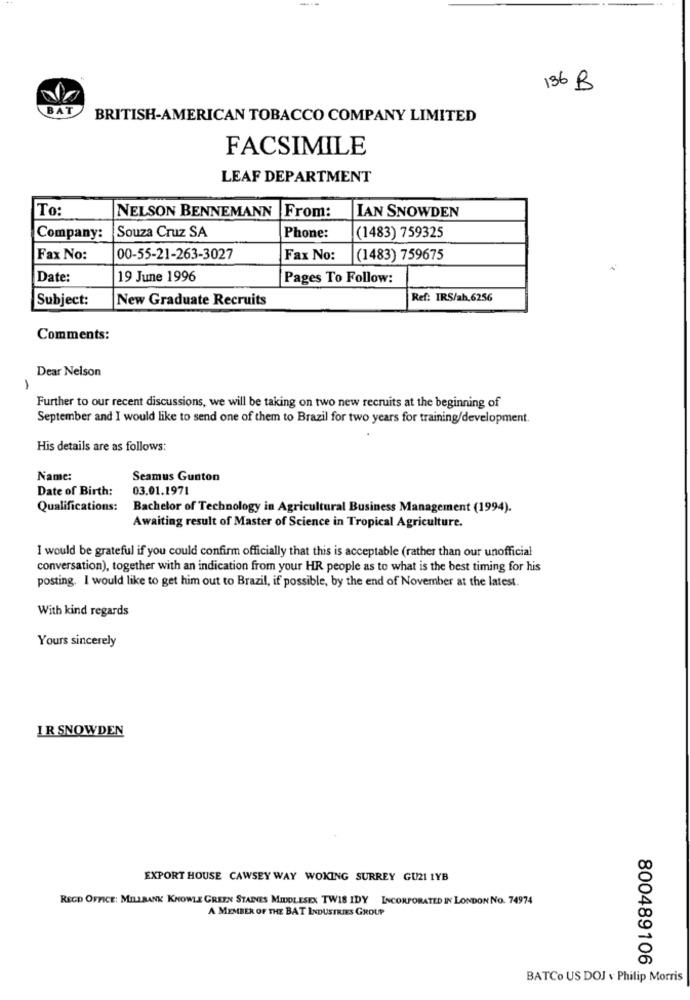
--
196 B
BAT
BRITISH-AMERICAN TOBACCO COMPANY LIMITED
FACSIMILE
LEAF DEPARTMENT
To:
NELSON BENNEMANN
From:
IAN SNOWDEN
Company:
Souza Cruz SA
Phone:
(1483) 759325
Fax No:
00-55-21-263-3027
Fax No:
(1483) 759675
Date:
19 June 1996
Pages To Follow:
Subject:
New Graduate Recruits
Ref: IRS/ah.6256
Comments:
Dear Nelson
-
Further to our recent discussions, we will be taking on two new recruits at the beginning of
September and I would like to send one of them to Brazil for two years for training/development.
His details are as follows:
Name:
Seamus Gunton
Date of Birth:
03.01.1971
Qualifications:
Bachelor of Technology in Agricultural Business Management (1994).
Awaiting result of Master of Science in Tropical Agriculture.
I would be grateful if you could confirm officially that this is acceptable (rather than our unofficial
conversation), together with an indication from your HR people as to what is the best timing for his
posting. I would like to get him out to Brazil, if possible, by the end of November at the latest.
With kind regards
Yours sincerely
IR SNOWDEN
EXPORT HOUSE CAWSEY WAY WOKING SURREY GUZI LYB
RECO OFFICE: MILLBANK KNOWLE GREEN STAINES MIDDLESEX TWIS IDY INCORPORATED IN LONDON NO. 74974
A MEMBER OF THE BAT INDUSTRIES GROUP
800489106
BATCo US DOJ v Philip Morris